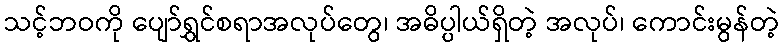
သင့်ဘဝကို ပျော်ရွှင်စရာအလုပ်တွေ၊ အဓိပ္ပါယ်ရှိတဲ့ အလုပ်၊ ကောင်းမွန်တဲ့